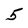
Character: 5